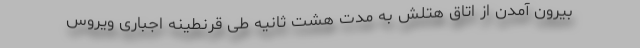
بیرون آمدن از اتاق هتلش به مدت هشت ثانیه طی قرنطینه اجباری ویروس